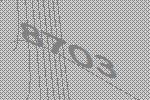
8703